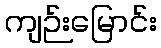
ကျဉ်းမြောင်း